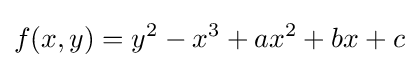
f(x,y)=y^{2}-x^{3}+ax^{2}+bx+c